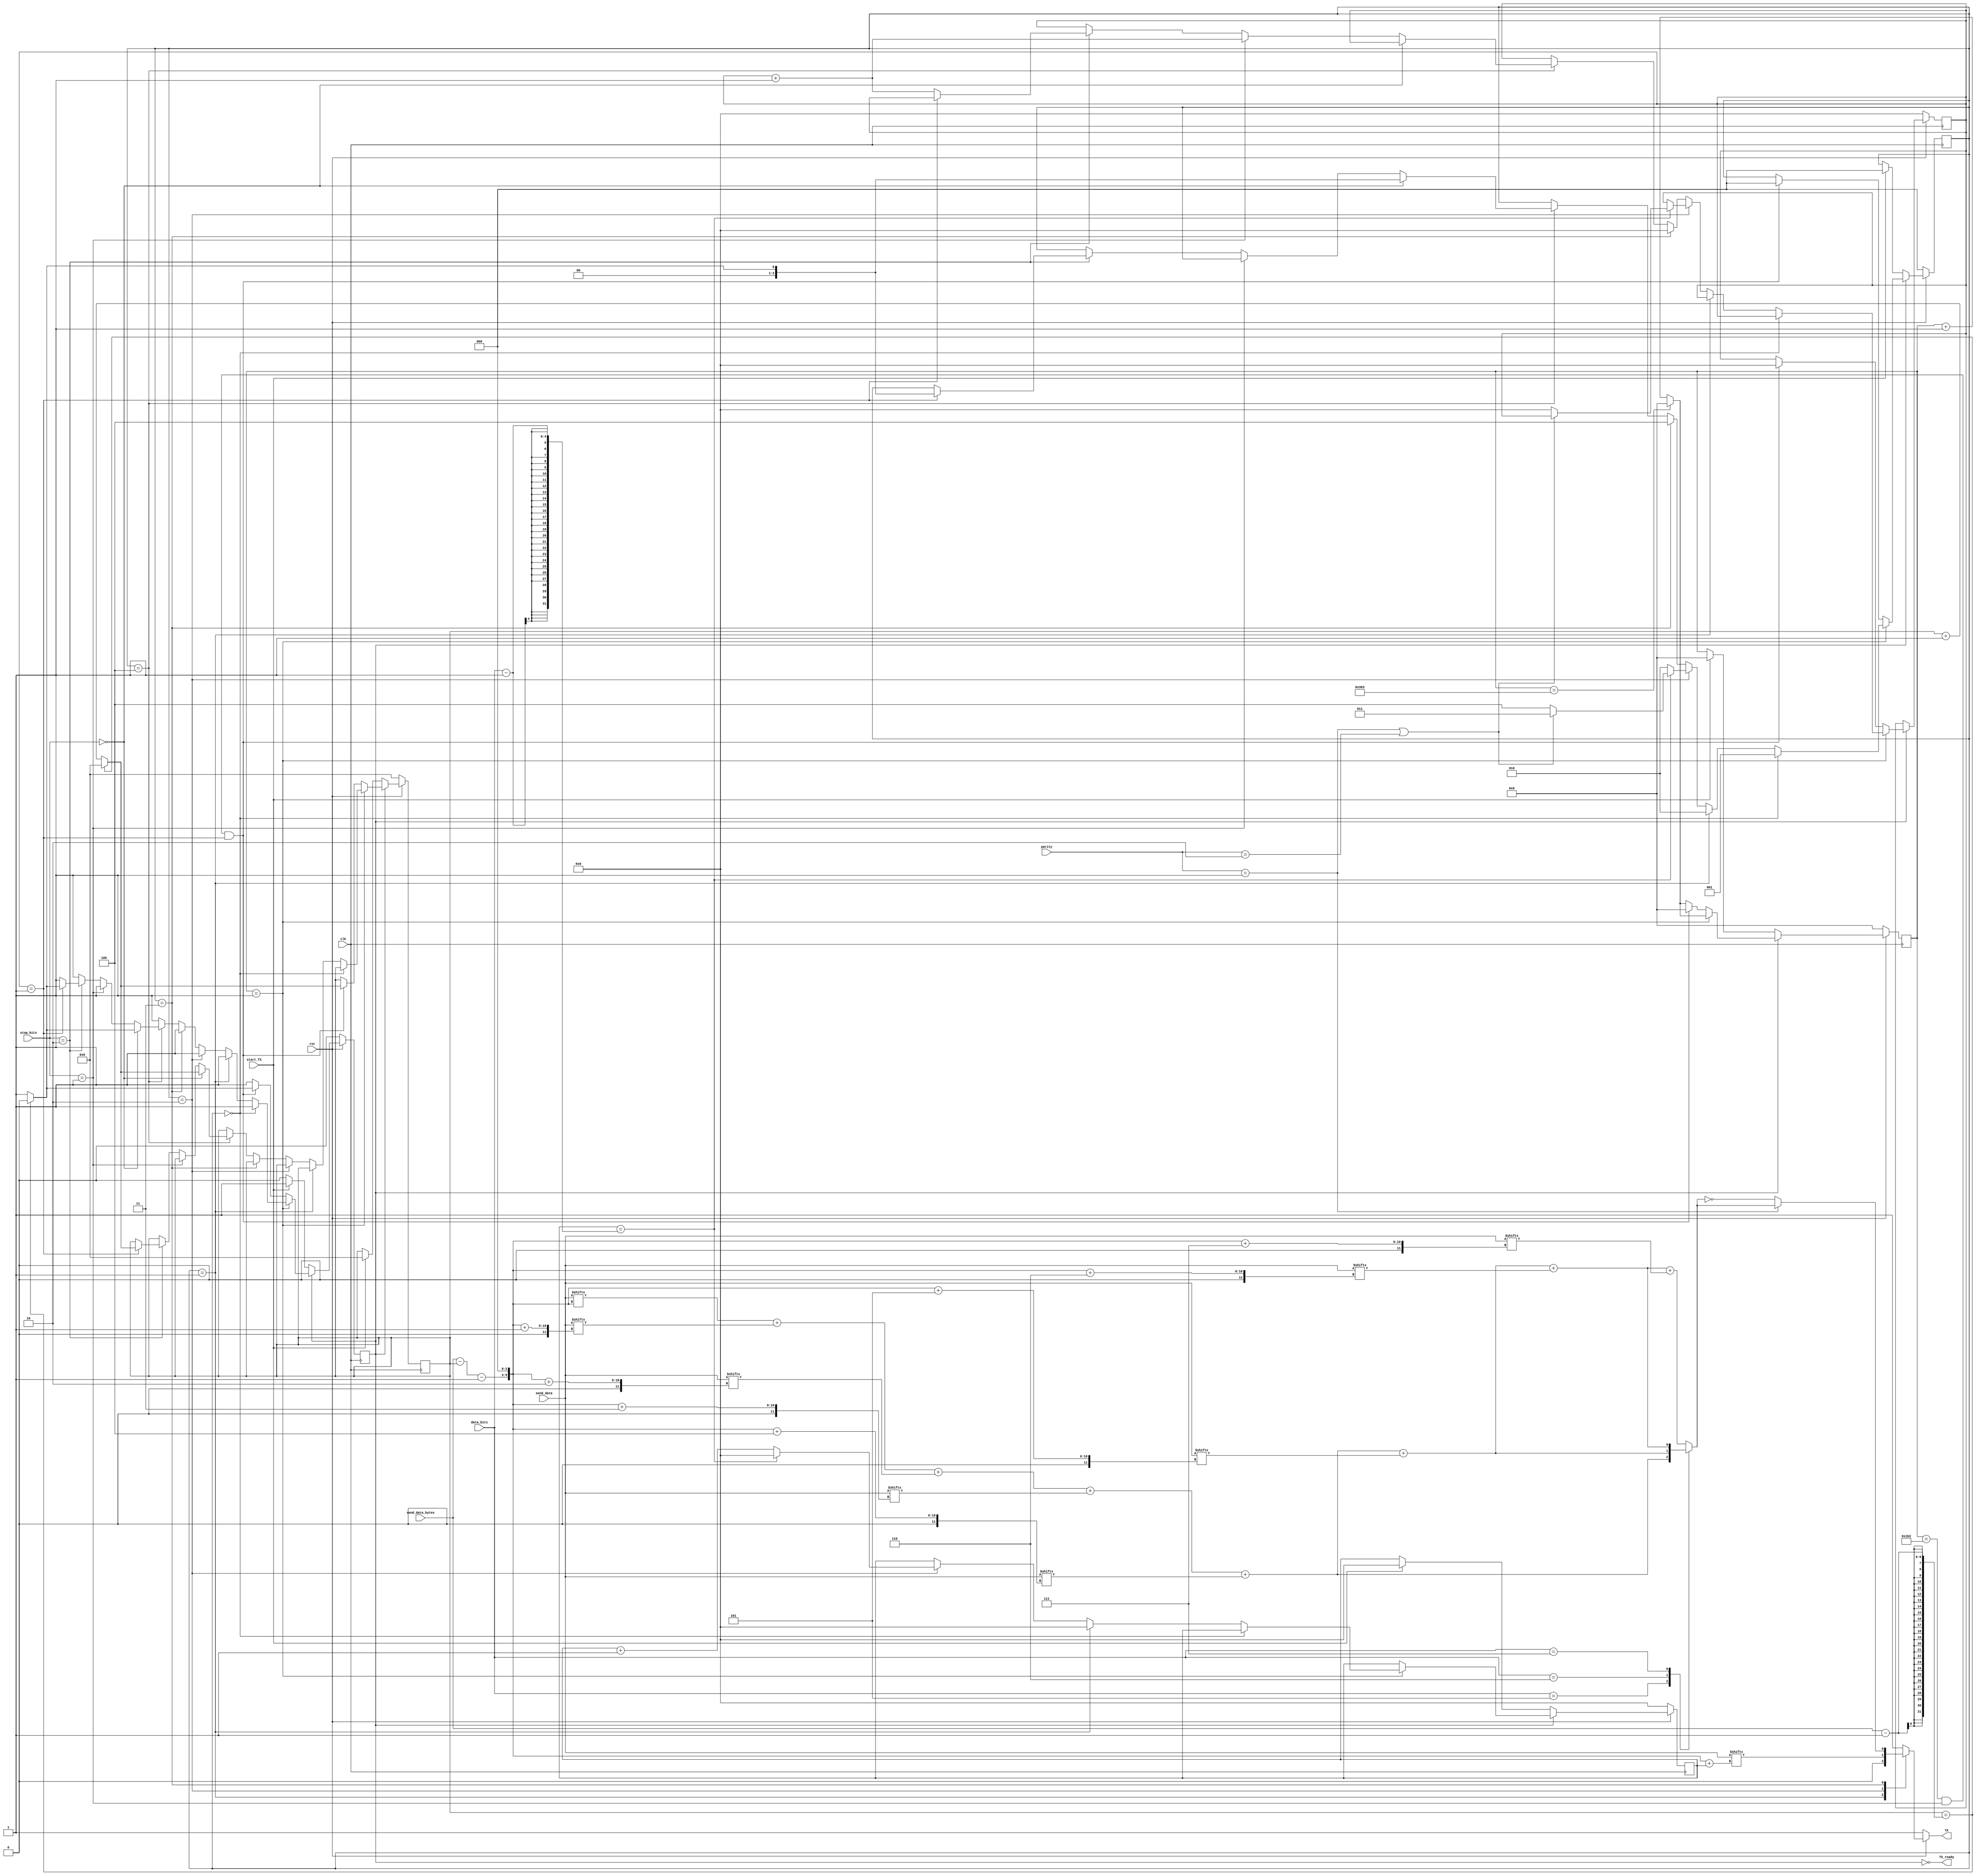
module UART_TX #(
parameter  Baud_rate = 115200, //Ĭϲ=115200  ֧ 4800 9600 19200 57600 115200 230400 460800 921600 
parameter  clk_frq = 100000000,  //ĬʱƵ100MHz 100MHz С250MHz
parameter  data_depth = 36  //ĬΪ36֧data_depthĽպͷ 󲻳6363ı send_data_bytesreceive_data_bytes
) 
(
    input  wire clk,             //ʱ clk_frqƥ
    input  wire rst,             //λ͵ƽλ
    
    input  wire [3:0] data_bits, //bit ֧5 6 7 8
    input  wire [1:0] stop_bits, //ֹͣλ00=1λֹͣλ01=1.5λֹͣλ10=2λֹͣλ
    input  wire [1:0] parity,    //Уλ00=Уλ 01=żУ10=У
    
    input  wire [data_depth*8-1:0] send_data, //Ҫ͵  00_00_00_XX_XX_XX   (XX Ϊ͵ݣӸλ)
    input  wire [5:0] send_data_bytes,        //Ҫ͵ݵֽ36Ӧ6λ  
   
    output wire  TX_ready,                   //Խз͵ı־ ߵƽʾTXģʹáԽз
    input  wire start_TX,                   //һηͽ̣ߵƽźţߵƽʱ䲻Сclkʱ
    
    output reg  TX                         //TX
    ); 
    
    localparam  Baud_rate_division_factor = clk_frq/Baud_rate;//һַӦٸʼ
    localparam  Baud_rate_division_factor_2 = clk_frq/Baud_rate/2;//мλò׼
    
    reg [15:0] counter; //Ƶ100M/10k=1w
    reg [5:0]  send_data_bytes_counter;//ֽ
    reg [3:0]  send_data_bits_counter;//λbit 
    reg [3:0]  send_stop_bits_counter;//ֹͣλbit 
    reg        TX_busy = 0;//ͽæ
    
    assign TX_ready = ~TX_busy;
    
    reg [2:0] send_state;
    localparam                     SEND_IDLE       = 0, //Ϳ״̬
                                   SEND_START_BIT  = 1, //ʼλ
                                   SEND_DATA_BITS  = 2,  //λ
                                   SEND_PARITY_BIT = 3,  //Уλ
                                   SEND_STOP_BIT   = 4; //ֹͣλ
 
                                   

    always @ (posedge clk) //״̬ı
    begin
        if(~rst) //͵ƽλ
        begin
            counter <= 0;
            send_data_bytes_counter <= 0;
            send_data_bits_counter  <= 0;
            send_stop_bits_counter  <= 0;
            send_state <= SEND_IDLE;
            TX_busy <= 0;
        end
        else  if(TX_busy)//ڽз
        begin
            if(counter == Baud_rate_division_factor - 1)
                counter <= 0;
            else
                counter <= counter + 1;
                
            if(counter == 1)//ת
            begin
                if(send_state == SEND_IDLE) //ʼ
                    send_state <= SEND_START_BIT;
                else if(send_state == SEND_START_BIT)//һ״̬Ϊʼλ 
                begin
                    send_data_bits_counter <= 0;//͵һbit
                    send_state <= SEND_DATA_BITS;
                end
                else if(send_state == SEND_DATA_BITS)//һ״̬Ϊ
                begin
                    if(send_data_bits_counter == data_bits - 1) //Ѿһֽڵ
                    begin
                        send_data_bits_counter <= 0;
                        if( parity == 2'b01 || parity == 2'b10 ) //żУλ
                            send_state <= SEND_PARITY_BIT;
                        else
                        begin
                            send_state <= SEND_STOP_BIT;
                            send_stop_bits_counter  <= 0;
                        end
                    end
                    else
                    begin
                        send_data_bits_counter <= send_data_bits_counter + 1;//һbit
                        send_state <= SEND_DATA_BITS;
                    end
                end
                else if(send_state == SEND_PARITY_BIT)//һ״̬ΪУλ
                begin
                    send_state <= SEND_STOP_BIT;
                    send_stop_bits_counter  <= 0;
                end
                else if(send_state == SEND_STOP_BIT)
                begin
                    if(stop_bits == 2'b00)// 1λֹͣλ
                    begin
                        if(send_data_bytes_counter == send_data_bytes - 1)//Ѿ
                        begin
                            send_data_bytes_counter <= 0;
                            send_state <= SEND_IDLE;
                            TX_busy <= 1'b0; //TX 
                        end
                        else
                        begin
                            send_data_bytes_counter <= send_data_bytes_counter + 1;
                            send_state <= SEND_START_BIT;
                        end
                    end
                    else if(stop_bits == 2'b01)// 1.5λֹͣλ
                    begin
                        send_stop_bits_counter <= send_stop_bits_counter + 1;
                    end
                    else if(stop_bits == 2'b10)// 2λֹͣλ
                    begin
                        if(send_stop_bits_counter == 1)//ڶֹͣλ
                        begin
                            if(send_data_bytes_counter == send_data_bytes - 1)//Ѿ
                            begin
                                send_data_bytes_counter <= 0;
                                send_state <= SEND_IDLE;
                                TX_busy <= 1'b0; //TX 
                            end
                            else
                            begin
                                send_data_bytes_counter <= send_data_bytes_counter + 1;
                                send_state <= SEND_START_BIT;
                            end
                        end
                        else //һֹͣλ
                            send_stop_bits_counter <= send_stop_bits_counter + 1;
                    end
                end
            end
            else if (counter == Baud_rate_division_factor_2 && stop_bits == 2'b01 && send_stop_bits_counter == 1) //1.5λֹͣλ,ڶֹͣλ
            begin
                counter <= 0;
                send_stop_bits_counter <= 0;
                if(send_data_bytes_counter == send_data_bytes - 1)//Ѿ
                begin
                    send_data_bytes_counter <= 0;
                    send_state <= SEND_IDLE;
                    TX_busy <= 1'b0; //TX 
                end
                else
                begin
                    send_data_bytes_counter <= send_data_bytes_counter + 1;
                    send_state <= SEND_IDLE;
                end
            end
        end
        else  //ģ鴦ڿ״̬ȴ
        begin
            if(start_TX == 1'b1)//ʼһη
            begin
                TX_busy <= 1'b1; //״̬Ϊæµ
                send_data_bytes_counter <= 0;
                send_data_bits_counter  <= 0;
                counter <= 0;
                send_state <= SEND_IDLE;
            end
        end
    end
    
    wire [9:0] send_start_once_addr;
    assign send_start_once_addr = {send_data_bytes - send_data_bytes_counter - 1,3'b000};//ֽȷ
    
    reg check_bit;
    
    always @(*) //ݲͬλУ
    begin
      case(data_bits)
      4'h5:check_bit = send_data[send_start_once_addr] + send_data[send_start_once_addr + 1] + send_data[send_start_once_addr + 2] +send_data[send_start_once_addr + 3]
    + send_data[send_start_once_addr + 4] ;
      4'h6:check_bit = send_data[send_start_once_addr] + send_data[send_start_once_addr + 1] + send_data[send_start_once_addr + 2] +send_data[send_start_once_addr + 3]
    + send_data[send_start_once_addr + 4] + send_data[send_start_once_addr + 5] ;
      4'h7:check_bit = send_data[send_start_once_addr] + send_data[send_start_once_addr + 1] + send_data[send_start_once_addr + 2] +send_data[send_start_once_addr + 3]
    + send_data[send_start_once_addr + 4] + send_data[send_start_once_addr + 5] +send_data[send_start_once_addr + 6];
      4'h8:check_bit = send_data[send_start_once_addr] + send_data[send_start_once_addr + 1] + send_data[send_start_once_addr + 2] +send_data[send_start_once_addr + 3]
    + send_data[send_start_once_addr + 4] + send_data[send_start_once_addr + 5] +send_data[send_start_once_addr + 6] +send_data[send_start_once_addr + 7];
      default: check_bit = send_data[send_start_once_addr] + send_data[send_start_once_addr + 1] + send_data[send_start_once_addr + 2] +send_data[send_start_once_addr + 3]
    + send_data[send_start_once_addr + 4] + send_data[send_start_once_addr + 5] +send_data[send_start_once_addr + 6] +send_data[send_start_once_addr + 7];
      endcase
    end
    
    always @ (*)  //״̬
    begin
        if(~rst)
        begin
            TX = 1;
        end
        else 
        case(send_state)
            SEND_IDLE: begin                 //·
                TX = 1;
            end
            SEND_START_BIT: begin            //ʼλ
                TX = 0;  
            end
            SEND_DATA_BITS: begin           //λ
                TX = send_data[send_start_once_addr + send_data_bits_counter];
            end
            SEND_PARITY_BIT:begin           //żУλ
                if(parity == 2'b01)  //żУ
                    TX = check_bit;
                else                //У
                    TX = ~check_bit;
            end
            SEND_STOP_BIT: begin            //ֹͣλ
                TX = 1;  
            end
            default: begin
                TX = 1;
            end
        endcase
    end



endmodule